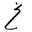
Letter: _gayn